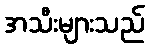
အသီးများသည်